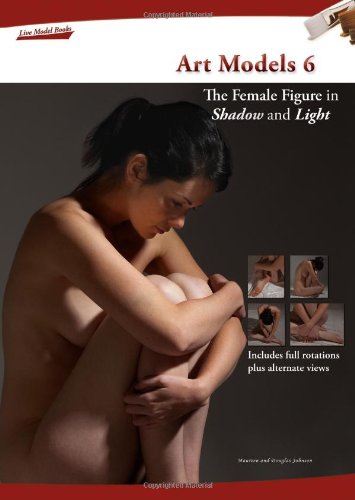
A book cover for Art Models 6: The Female Figure in Shadow and Light (Art Models series); Maureen Johnson; Arts & Photography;